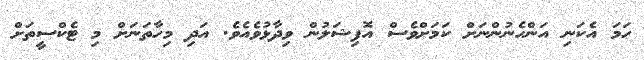
ހަމަ އެކަނި އަންހެނުންނަށް ކަމަށްވެސް އޮފިޝަލުން ވިދާޅުވެއެވެ. އަދި މިހާތަނަށް މި ޓެކްސީތަށް